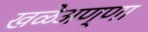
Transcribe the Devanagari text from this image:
खळेअण्णा